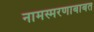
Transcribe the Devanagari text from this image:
नामस्मरणाबाबत